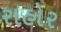
રાહોર